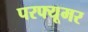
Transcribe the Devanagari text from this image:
परफ्यूमर